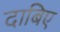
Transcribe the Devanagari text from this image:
दाबिए